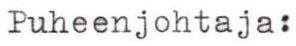
Puheenjohtaja: